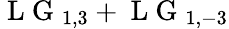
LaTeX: \mathrm{~L~G~}_{1,3}+\mathrm{~L~G~}_{1,-3}